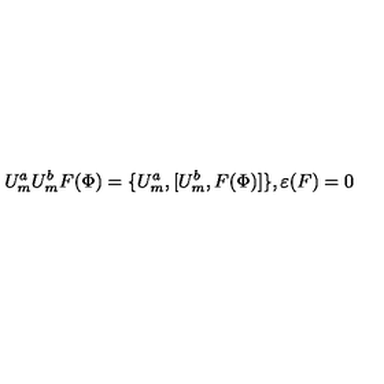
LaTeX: U _ { m } ^ { a } U _ { m } ^ { b } F ( \Phi ) = \{ U _ { m } ^ { a } , { [ } U _ { m } ^ { b } , F ( \Phi ) { ] } \} , \varepsilon ( F ) = 0